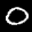
Label: 0